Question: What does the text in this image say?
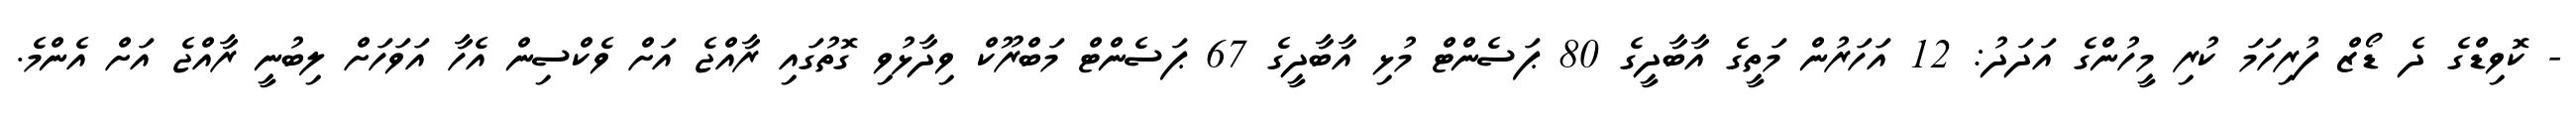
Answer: - ކޮވިޑްގެ ދެ ޑޯޒް ފުރިހަމަ ކުރި މީހުންގެ އަދަދު: 12 އަހަރުން މަތީގެ އާބާދީގެ 80 ޕަސެންޓް މުޅި އާބާދީގެ 67 ޕަސެންޓް މަބްރޫކް ވިދާޅުވި ގޮތުގައި ރާއްޖެ އަށް ވެކްސިން އެހާ އަވަހަށް ލިބުނީ ރާއްޖެ އަށް އެންމެ.